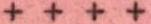
++++